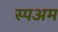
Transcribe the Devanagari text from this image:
स्पअम